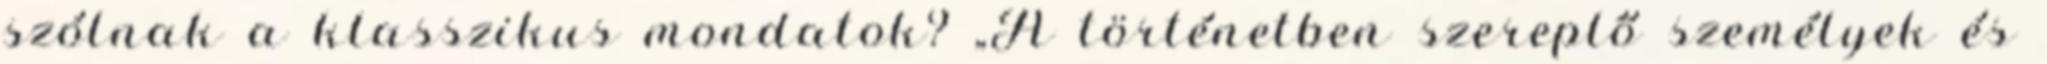
szólnak a klasszikus mondatok? „A történetben szereplő személyek és